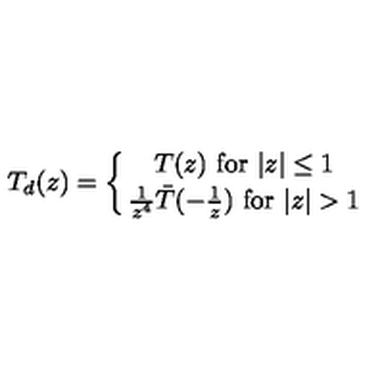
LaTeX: T _ { d } ( z ) = \left\{ { T ( z ) \ \mathrm { f o r } \ \vert z \vert \leq 1 } \atop { { \frac { 1 } { z ^ { 4 } } } \bar { T } ( - { \frac { 1 } { z } } ) \ \mathrm { f o r } \ \vert z \vert > 1 } \right. \